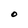
Character: O